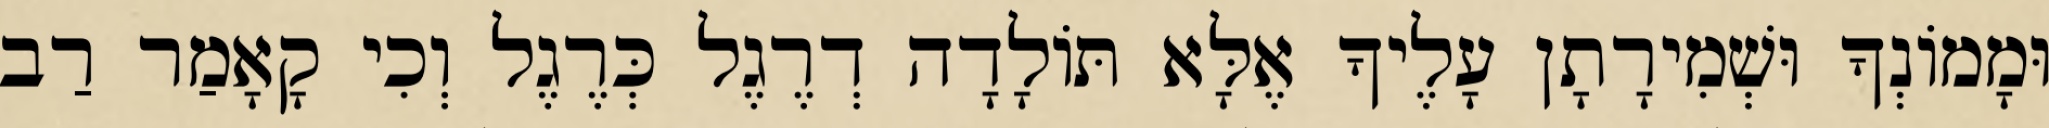
וּמָמוֹנְךָ וּשְׁמִירָתָן עָלֶיךָ אֶלָּא תּוֹלָדָה דְרֶגֶל כְּרֶגֶל וְכִי קָאָמַר רַב